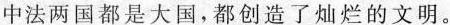
中法两国都是大国，都创造了灿烂的文明。